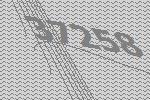
37258